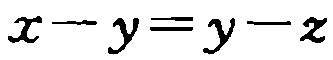
\(x - y=y - z\)